Report on vaccination in Madras 1877-1894 - 1877-1894
Year: 1877
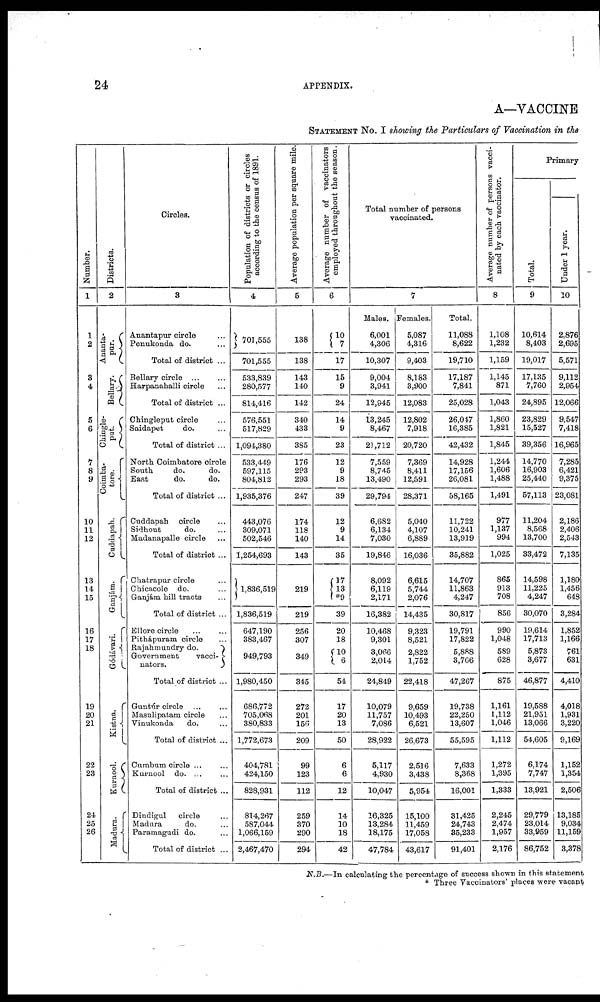
24
APPENDIX.
A—VACCINE
STATEMENT No. I showing the Particulars of Vaccination in the
Number.
1
1
2
8
4
5
6
7
8
9
10
11
12
13
14
15
16
17
18
19
20
21
22
23
24
25
26
Districts.
2
Ana nta ¬
pur.
Bellary.
Chingle¬
put.
Coimba¬
tore.
Cuddapah.
Ganjàm.
Gódávari.
Kistna.
Kurnool.
Madura.
Circles.
3
Anantapur circle ...
Penukonda do. ...
Total of district ... ...
Bellary circle
...
...
Harpanahalli circle ...
Total of district ...
Chingleput circle ...
Saidapet
do. ...
Total of district ...
North Coimbatore circle
South
do.
do.
East
do.
do.
Total of district ...
Cuddapah circle ...
Sidhout
do. ...
Madanapalle circle ...
Total of district ...
Chatrapur circle ...
Chicacole do. ...
Ganjám hill tracts ...
Total of district ...
Ellore circle ... ...
Pithápuram circle ...
Rajahmundry do.
Goverment vacci¬
nators.
Total of district ...
Guntúr circle ... ...
Masulipatam circle ...
Vinukonda
do. ...
Total of district ...
Cumbum circle ... ...
Kurnool do. ... ...
Total of district ...
Dindigul
circle ...
Madura
do. ...
Paramagudi do. ...
Total of district ...
Population of districts or circles
according to the census of 1891.
4
701,555
701,555
533,839
280,577
814,416
576,551
517,829
1,094,380
533,449
597,115
804,812
1,935,376
443,076
309,071
502,546
1,254,693
1,836,519
1,836,519
647,190
383,467
949,793
1,980,450
686,772
705,068
380,833
1,772,673
404,781
424,150
828,931
814,267
587,044
1,066,159
2,467,470
Average population per square mile.
5
138
138
143
140
142
340
433
385
176
293
293
247
174
118
140
143
219
219
256
307
349
345
272
201
156
209
99
123
112
259
370
290
294
Average number of vaccinators
employed throughout the season.
6
10
7
17
15
9
24
14
9
23
12
9
18
39
12
9
14
35
17
13
*9
39
20
18
10
6
54
17
20
13
50
6
6
12
14
10
18
42
Total number of persons
vaccinated.
7
Males.
6,001
4,306
10,307
9,004
3,941
12,945
13,245
8,467
21,712
7,559
8,745
13,490
29,794
6,682
6,134
7,030
19,846
8,092
6,119
2,171
16,382
10,468
9,301
3,066
2,014
24,849
10,079
11,757
7,086
28,922
5,117
4,930
10,047
16,325
13,284
18,175
47,784
Females.
5,087
4,316
9,403
8,183
3,900
12,083
12,802
7,918
20,720
7,369
8,411
12,591
28,371
5,040
4,107
6,889
16,036
6,615
5,744
2,076
14,435
9,323
8,521
2,822
1,752
22,418
9,659
10,493
6,521
26,673
2,516
3,438
5,954
15,100
11,459
17,058
43,617
Total.
11,088
8,622
19,710
17,187
7,841
25,028
26,047
16,385
42,432
14,928
17,156
26,081
58,165
11,722
10,241
13,919
35,882
14,707
11,863
4,247
30,817
19,791
17,822
5,888
3,766
47,267
19,738
22,250
13,607
55,595
7,633
8,368
16,001
31,425
24,743
35,233
91,401
Average number of persons vacci-
nated by each vaccinator.
8
1,108
1,232
1,159
1,145
871
1,043
1,860
1,821
1,845
1,244
1,606
1,488
1,491
977
1,137
994
1,025
865
913
708
856
990
1,048
589
628
875
1,161
1,112
1,046
1,112
1,272
1,395
1,333
2,245
2,474
1,957
2,176
Primary
Total.
9
10,614
8,403
19,017
17,135
7,760
24,895
23,829
15,527
39,356
14,770
16,903
25,440
57,113
11,204
8,568
13,700
33,472
14,598
11,225
4,247
30,070
19,614
17,713
5,873
3,677
46,877
19,588
21,951
13,066
54,605
6,174
7,747
13,921
29,779
23,014
33,959
86,752
Under 1 year.
10
2,876
2,695
5,571
9,112
2,954
12,066
9,547
7,418
16,965
7,285
6,421
9,375
23,081
2,186
2,406
2,543
7,135
1,180
1,456
648
3,284
1,852
1,166
761
631
4,410
4,018
1,931
3,220
9,169
1,152
1,354
2,506
13,185
9,034
11,159
3,378
N.B.—In calculating the percentage of success shown in this statement
* Three Vaccinators' places were vacant